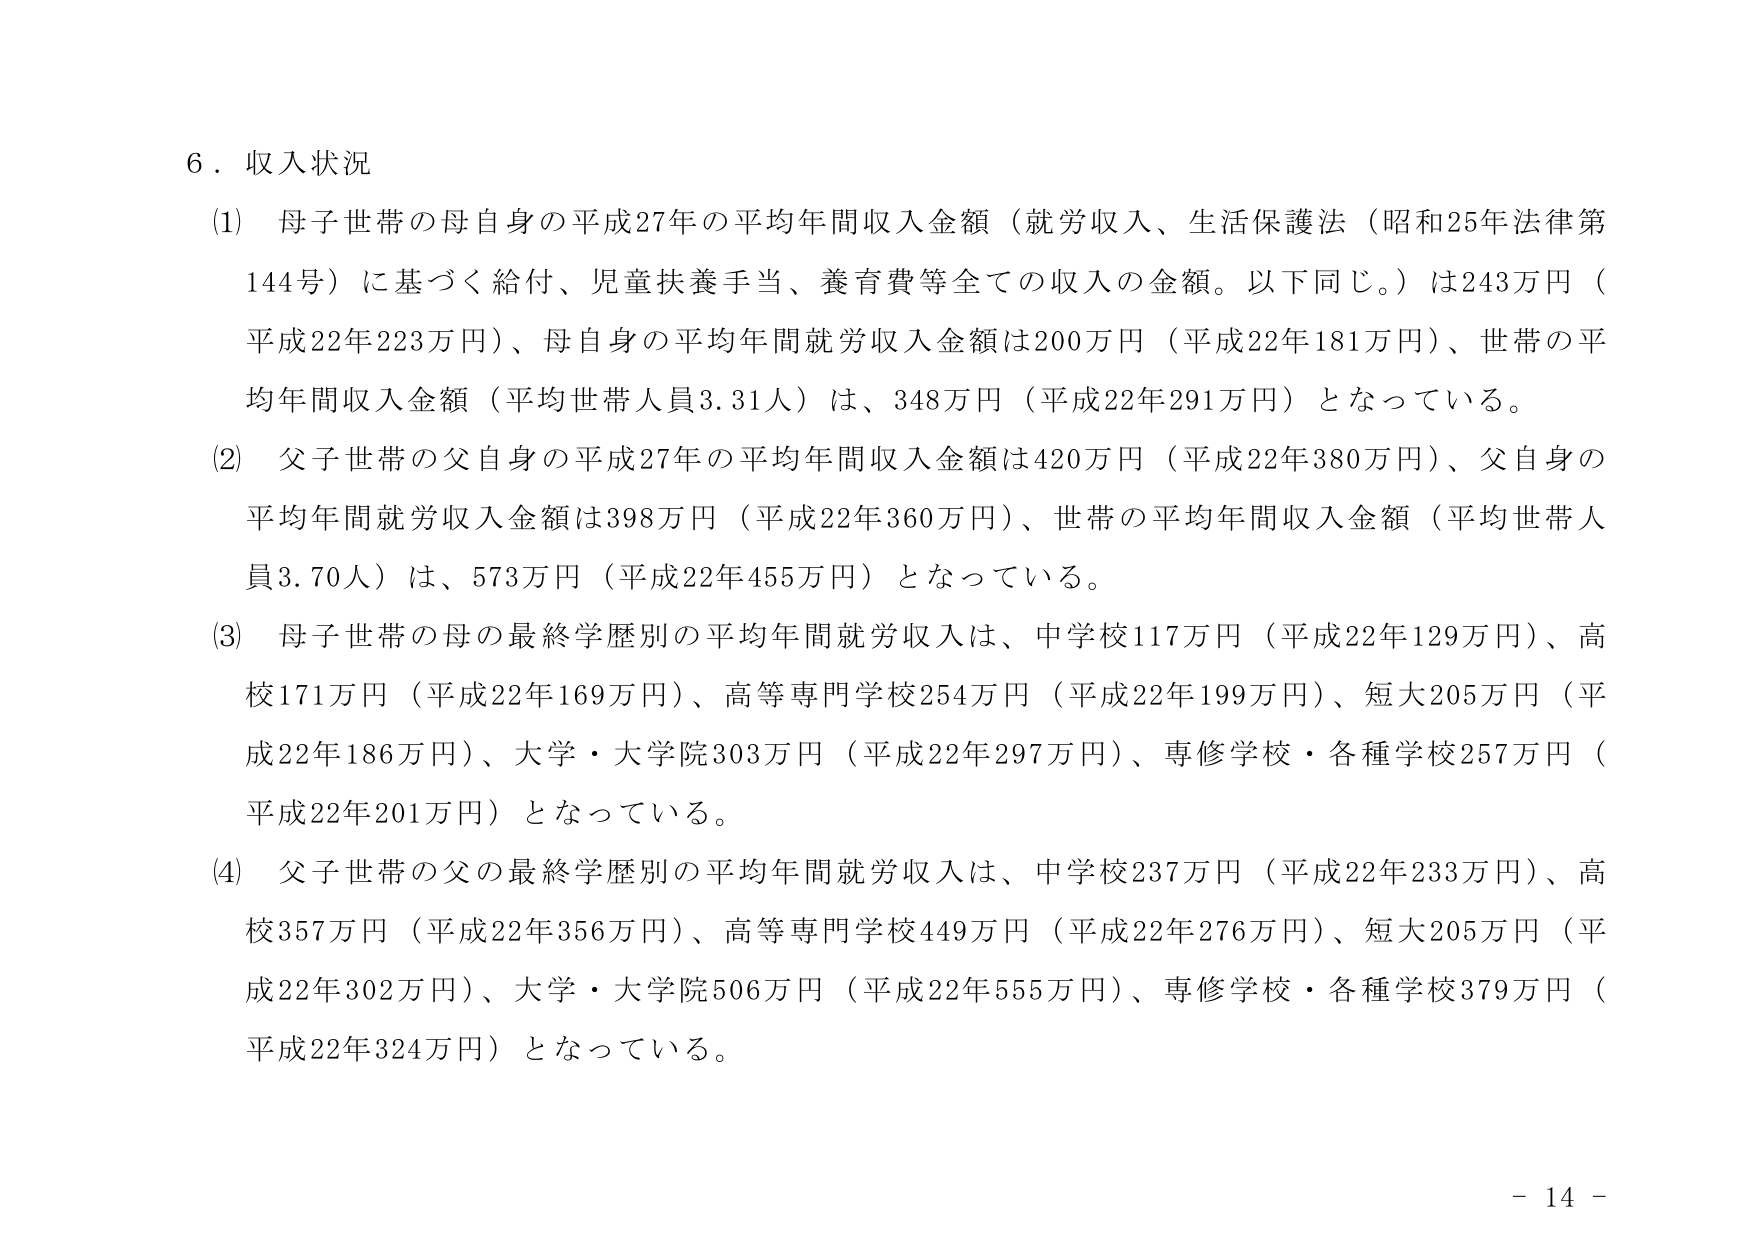
６．収入状況
(1) 母子世帯の母自身の平成27年の平均年間収入金額（就労収入、生活保護法（昭和25年法律第144号）に基づく給付、児童扶養手当、養育費等全ての収入の金額。以下同じ。）は243万円（平成22年223万円）、母自身の平均年間就労収入金額は200万円（平成22年181万円）、世帯の平均年間収入金額（平均世帯人員3.31人）は、348万円（平成22年291万円）となっている。
(2) 父子世帯の父自身の平成27年の平均年間収入金額は420万円（平成22年380万円）、父自身の平均年間就労収入金額は398万円（平成22年360万円）、世帯の平均年間収入金額（平均世帯人員3.70人）は、573万円（平成22年455万円）となっている。
(3) 母子世帯の母の最終学歴別の平均年間就労収入は、中学校117万円（平成22年129万円）、高校171万円（平成22年169万円）、高等専門学校254万円（平成22年199万円）、短大205万円（平成22年186万円）、大学・大学院303万円（平成22年297万円）、専修学校・各種学校257万円（平成22年201万円）となっている。
(4) 父子世帯の父の最終学歴別の平均年間就労収入は、中学校237万円（平成22年233万円）、高校357万円（平成22年356万円）、高等専門学校449万円（平成22年276万円）、短大205万円（平成22年302万円）、大学・大学院506万円（平成22年555万円）、専修学校・各種学校379万円（平成22年324万円）となっている。
- 14 -